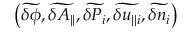
\left( \widetilde { \delta \phi } , \widetilde { \delta A _ { | | } } , \widetilde { \delta P _ { i } } , \widetilde { \delta u _ { | | i } } , \widetilde { \delta n _ { i } } \right)